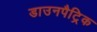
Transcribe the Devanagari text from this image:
डाउनपैट्रिक